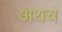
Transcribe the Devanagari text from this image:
अथच